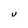
Character: U